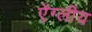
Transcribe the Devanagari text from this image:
ऐंग्लीय